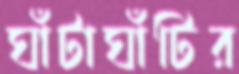
ঘাঁটাঘাঁটির